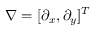
\nabla = [ \partial _ { x } , \partial _ { y } ] ^ { T }